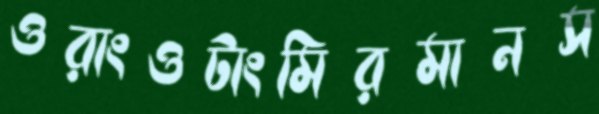
ওরাংওটাংমিরমানস